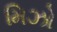
મિઝો